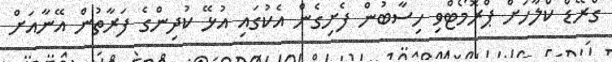
ގްރޭޑް ކްލާހަށް ޕްރޮމޯޓްވި ހިސާބުން ފެށިގެން އެކުގައި އުޅޭ ކުދިންގެ ފަރާތުން އޭނާއަށް